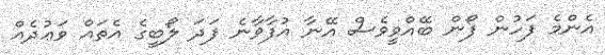
އެންމެ ފަހުން ފޯން ބޭއްވީވެސް އޭނާ އުފާވާނެ ފަދަ ލޯބީގެ އެތައް ވަޢުދެއް